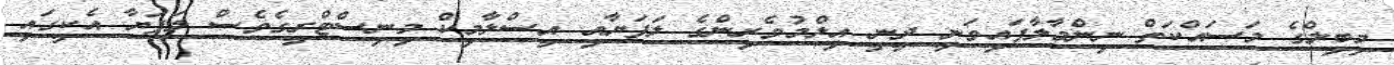
މިބިލްގެ މަސައްކަތް ނިންމާލާފައިވަނީ ދީނީ އިލްމުވެރިންގެ ލަފަޔާއި އިސްލާމިކް މިނިސްޓްރީގެވެސް ލަފަޔާ އެކީގައި